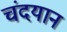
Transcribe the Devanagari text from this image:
चंदयान